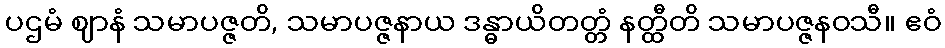
ပဌမံ ဈာနံ သမာပဇ္ဇတိ, သမာပဇ္ဇနာယ ဒန္ဓာယိတတ္တံ နတ္ထီတိ သမာပဇ္ဇနဝသီ။ ဧဝံ